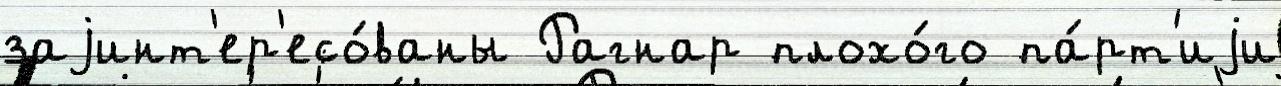
заjинт'ер'есо́ваны Рагнар плохо́го па́рт'иjи